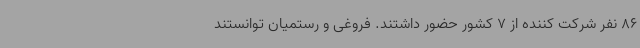
86 نفر شرکت کننده از 7 کشور حضور داشتند. فروغی و رستمیان توانستند